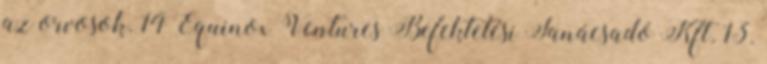
az orvosok. 14 Equinox Ventures Befektetési Tanácsadó Kft. 13.